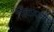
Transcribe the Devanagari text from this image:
जिंकवल्या